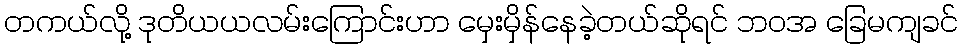
တကယ်လို့ ဒုတိယယလမ်းကြောင်းဟာ မှေးမှိန်နေခဲ့တယ်ဆိုရင် ဘဝအ ခြေမကျခင်